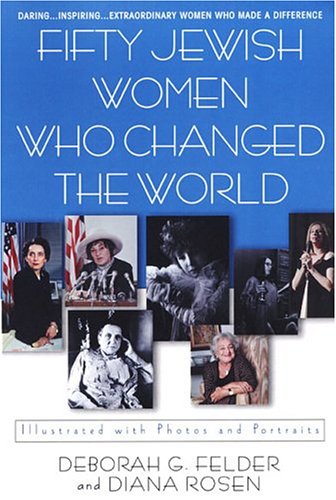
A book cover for Fifty Jewish Women Who Changed The World; Deborah G. Felder; Religion & Spirituality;